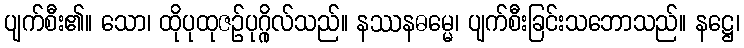
ပျက်စီး၏။ သော၊ ထိုပုထုဇဉ်ပုဂ္ဂိုလ်သည်။ နဿနဓမ္မေ၊ ပျက်စီးခြင်းသဘောသည်။ နဋ္ဌေ၊